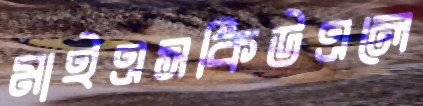
মাইএসকিউএলে